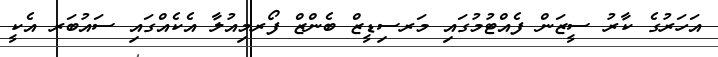
އަހަރުގެ ކާރު ސީޒަން ފެއްޓުމުގައި މަރސިޑީޒް ބެންޒް ފޯރމިއުލާ އެކެއްގައި ސައުބަރ އެކީ